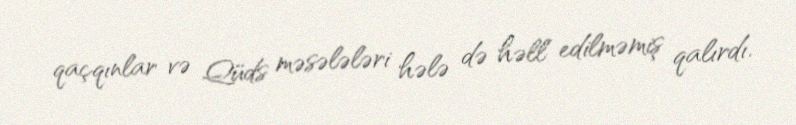
qaçqınlar və Qüds məsələləri hələ də həll edilməmiş qalırdı.